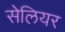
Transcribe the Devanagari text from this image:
सेलियर